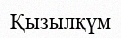
Қызылқүм